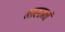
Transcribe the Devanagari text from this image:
भारतनां